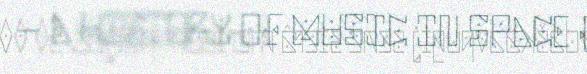
– A HISTORY OF MUSIC IN SPACE (